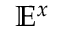
\mathbb { E } ^ { x }